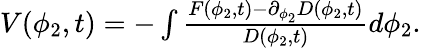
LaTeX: \begin{array}{r}{V(\phi_{2},t)=-\int\frac{F(\phi_{2},t)-\partial_{\phi_{2}}D(\phi_{2},t)}{D(\phi_{2},t)}d\phi_{2}.}\end{array}